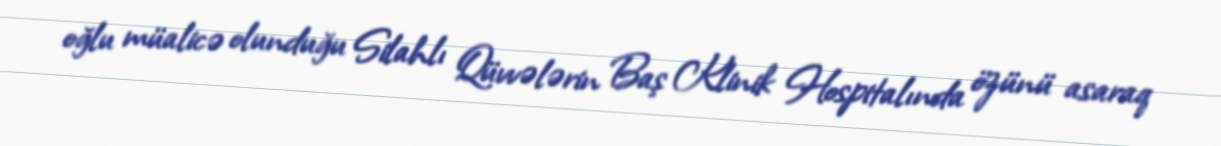
oğlu müalicə olunduğu Silahlı Qüvvələrin Baş Klinik Hospitalında özünü asaraq